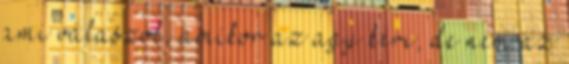
ami válaszol, amikor az agy kéri, de nem az